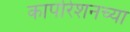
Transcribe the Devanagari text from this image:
कार्पोरेशनच्या